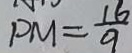
P M = \frac { 1 6 } { 9 }